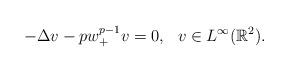
LaTeX: \begin{align*}-\Delta v-pw^{p-1}_+v=0, \ \ v\in L^{\infty}(\mathbb{R}^2).\end{align*}